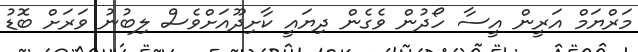
މަރްޔަމް އަރީން އީސާ ހޯދުން ވެގެން ދިޔައީ ކާށިދޫއަށްވެސް ލިބުނު ވަރަށް ބޮޑު